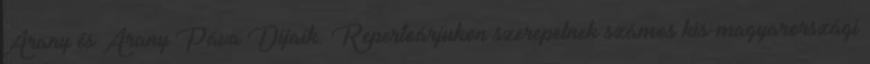
Arany és Arany Páva Díjaik. Repertoárjukon szerepelnek számos kis-magyarországi